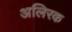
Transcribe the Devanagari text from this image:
अलिरक